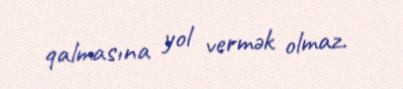
qalmasına yol vermək olmaz.